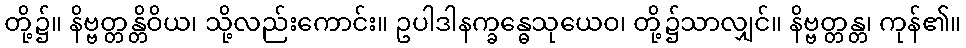
တို့၌။ နိဗ္ဗတ္တန္တိဝိယ၊ သို့လည်းကောင်း။ ဥပါဒါနက္ခန္ဓေသုယေဝ၊ တို့၌သာလျှင်။ နိဗ္ဗတ္တန္တ၊ ကုန်၏။